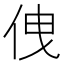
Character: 𠈐